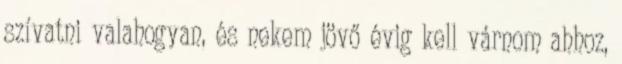
szívatni valahogyan, és nekem jövő évig kell várnom ahhoz,